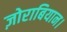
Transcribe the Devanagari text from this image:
ज़ोराबियान।